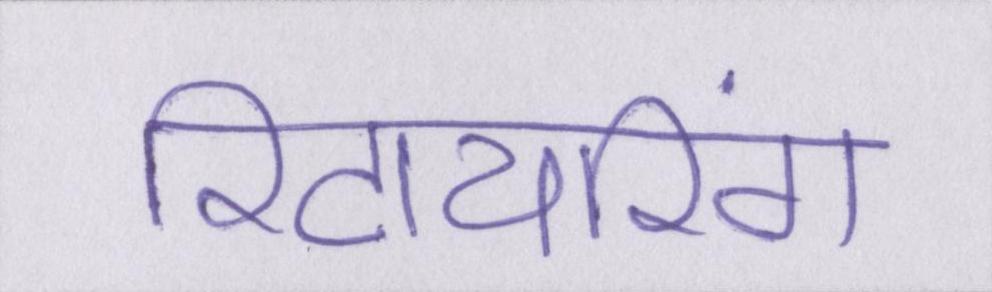
रिटायरिंग